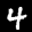
Label: 4